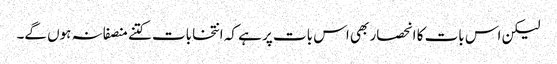
لیکن اس بات کا انحصار بھی اس بات پر ہے کہ انتخابات کتنے منصفانہ ہوں گے۔